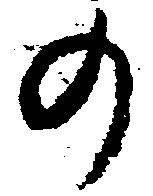
の